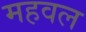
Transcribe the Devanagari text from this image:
महवल